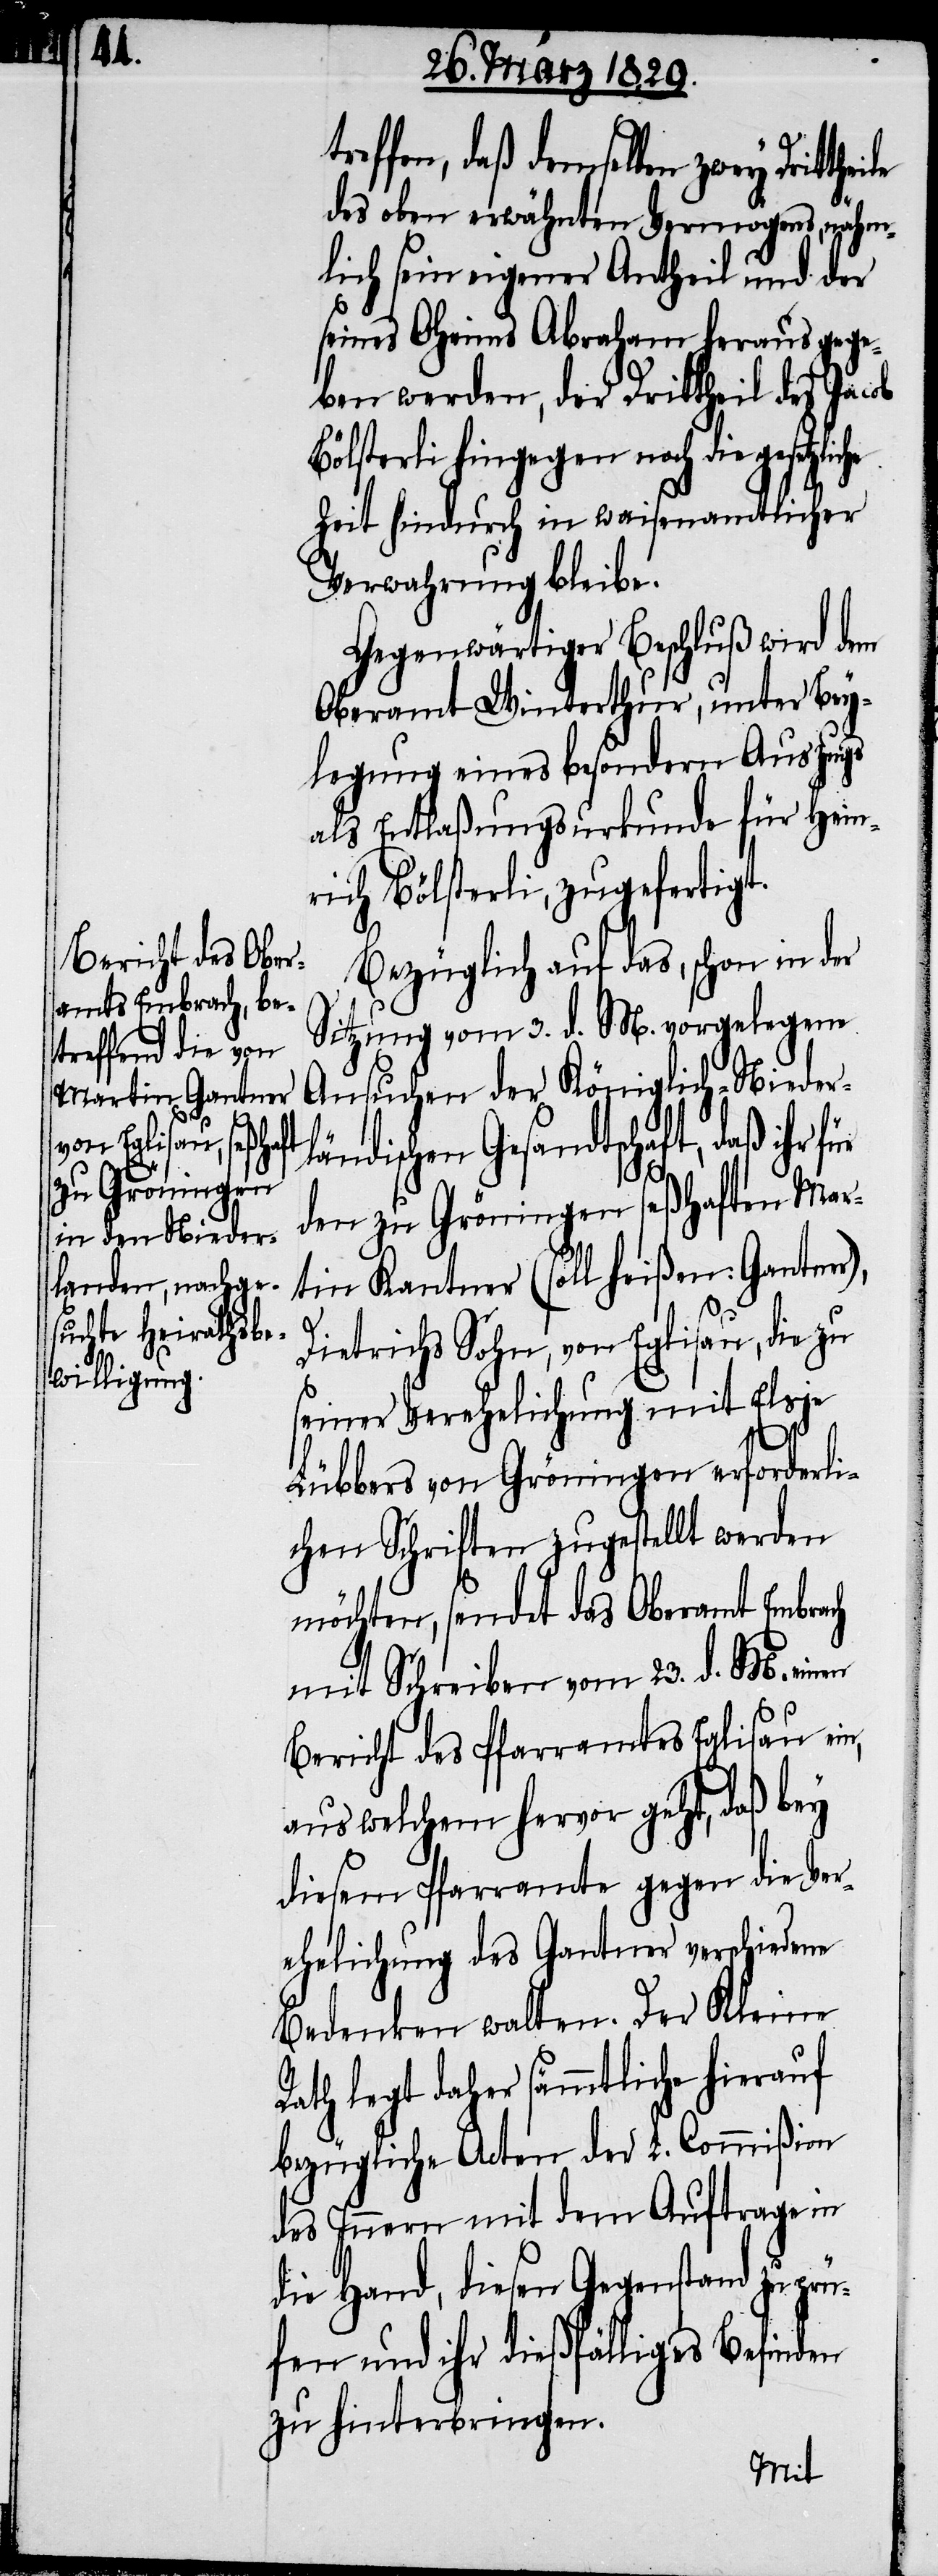
t¬

reffen, daß demselben zwey Dritth¬
des oben erwähnten Vermögens, nähm¬
lich sein eigener Antheil und der
seines Oheims Abraham heraus gege¬
ben werden, der Drittheil des Jacob
Bölsterli hingegen noch die gesetzl¬
Zeit hindurch in waisenamtlicher
Verwahrung bleibe.
Gegenwärtiger Beschluß wird dem
Oberamt Winterthur, unter Bey¬
legung eines besondern Auszugs
als Entlaßungsurkunde für Hein¬
rich Bölsterli, zugefertigt.
Bezüglich auf das, schon in der
Sitzung vom 3. d. M. vorgelegene
Ansuchen der Königlich-Nieder¬
ländischen Gesandtschaften, daß ihr
den zu Gröningen seßhaften Mar¬
tin Kantner (soll heißen: Gantner),
Dietrichs Sohn, von Eglisau, die zu
seiner Verehelichung mit Elsja
Lübbers von Gröningen erforderli¬
chen Schriften zugestellt werden
möchte, sendet das Oberamt Embrach
mit Schreiben vom 23. d. M. einen
Bericht des Pfarramtes Eglisau ein,
aus welchem hervor geht, daß bey
diesem Pfarramte gegen die Ver¬
ehelichung des Gantner verschiedene
Bedenken walten. Der Kleine
Rath legt daher sämmtliche hierauf
bezügliche Acten der L. Commißion
des Innern mit dem Auftrage in
die Hand, diesen Gegenstand zu prü¬
fen und ihr dießfälliges Befinden
zu hinterbringen.
iche